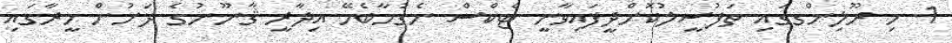
1. މި ރޫލިންގގައި ތަފުސީލުކޮށްދީފައިވާނީ ޓެކްސް ނެގުމާބެހޭ އިދާރީ ޤާނޫނުގެ ދަށުން މީރާގައި